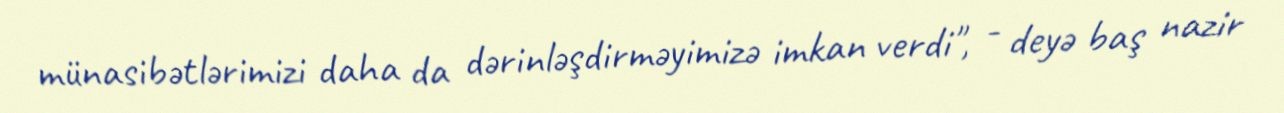
münasibətlərimizi daha da dərinləşdirməyimizə imkan verdi", - deyə baş nazir